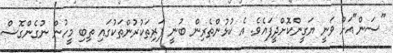
"ސަން"އަށް ވަނީ ޔަގީންކޮށްދީފައެވެ. އެ ކުޅުންތެރިން ބުނީ ފަރިތަކުރުންތަކުގައި ތިބި މީހުން ނުގެންގޮސް